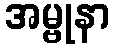
အမ္ဗုနာ